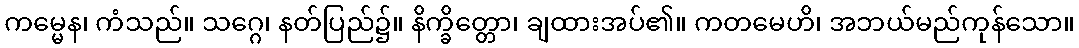
ကမ္မေန၊ ကံသည်။ သဂ္ဂေ၊ နတ်ပြည်၌။ နိက္ခိတ္တော၊ ချထားအပ်၏။ ကတမေဟိ၊ အဘယ်မည်ကုန်သော။